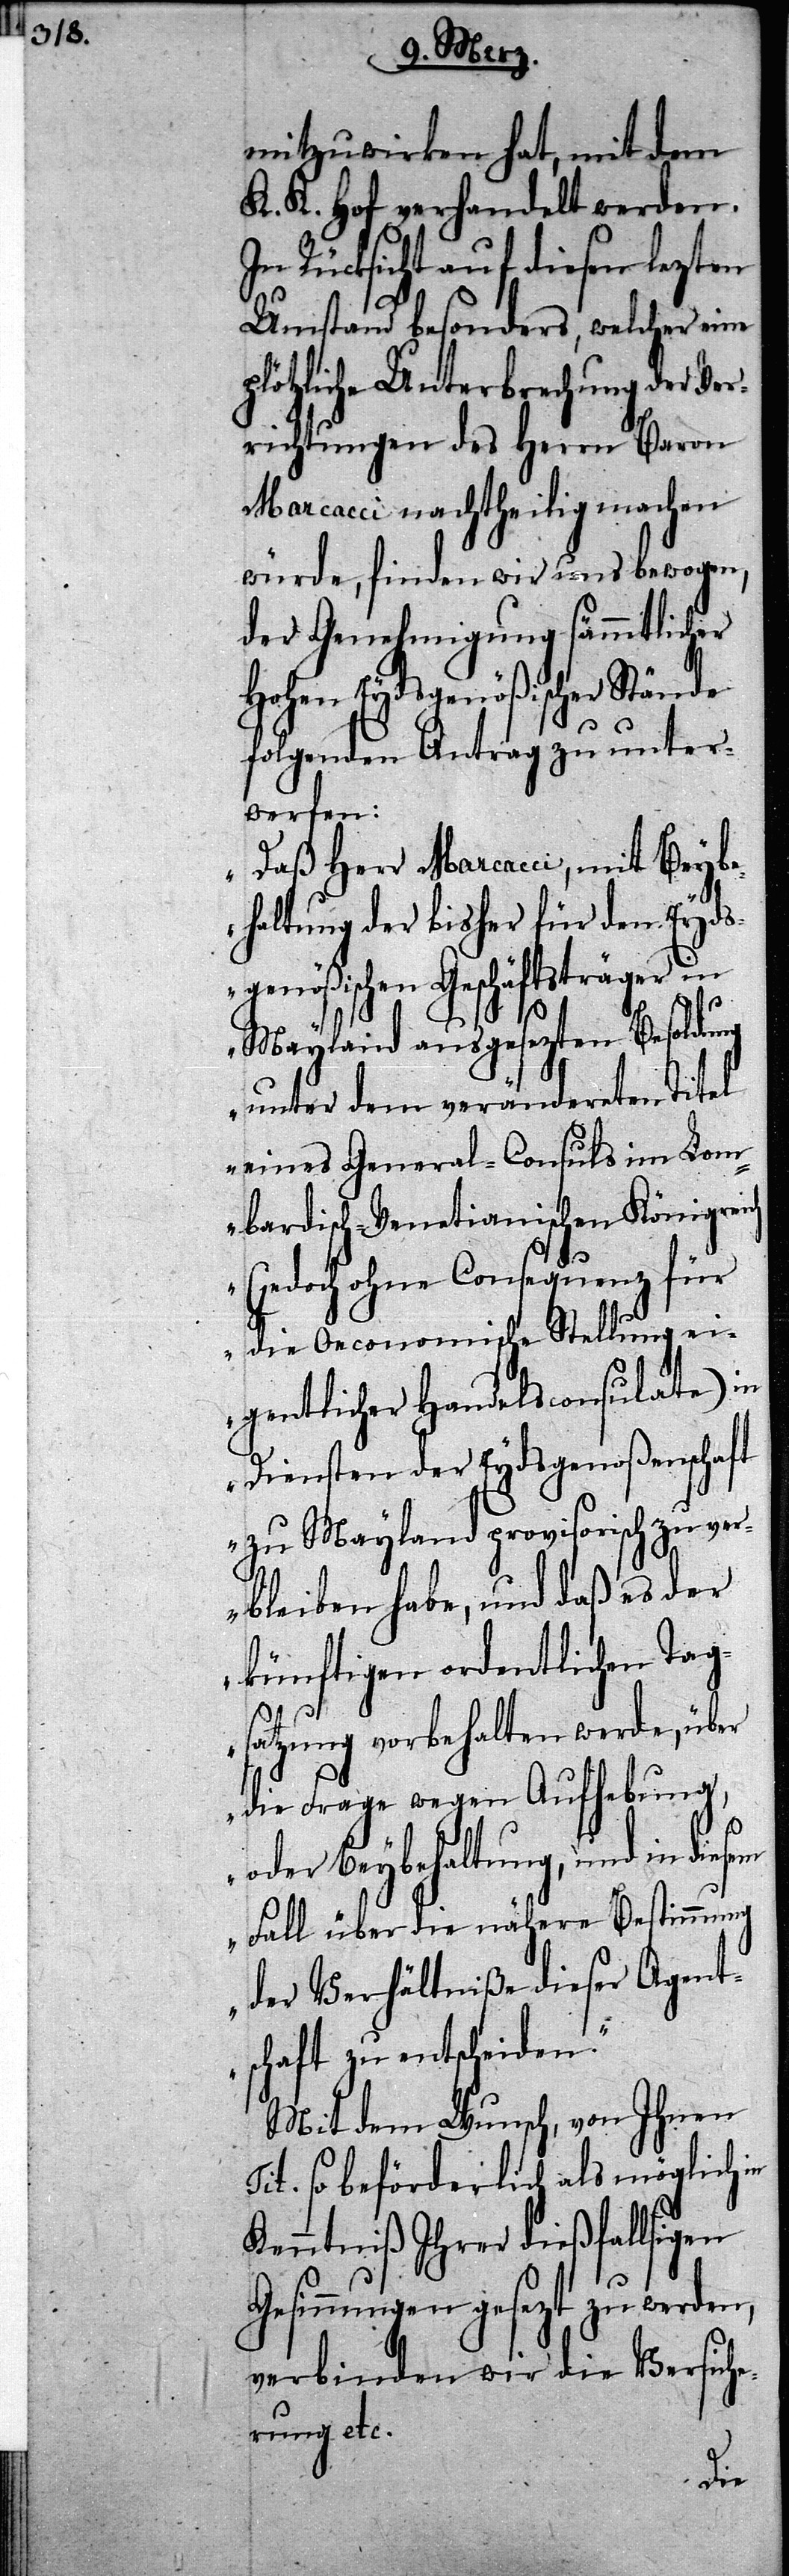
mitzuwirken hat, mit dem
K. K. Hof verhandelt werden.
In Rücksicht auf diesen lezten
Umstand besonders, welcher eine
plötzliche Unterbrechung der Ver¬
richtungen des Herrn Baron
Marcacci nachtheilig machen
würde, finden wir uns bewogen,
der Genehmigung sämmtlicher
Hohen Eydsgenößischer Stände
folgenden Antrag zu unter¬
werfen:
„Daß Herr Marcacci, mit Beybe¬
haltung der bisher für den Eyd¬
sgenößischen Geschäftsträger in
Mayland ausgesezten Besoldu¬
ng unter dem verändereten Titel
eines Genral-Consuls im Lom¬
bardisch-Venetianischen Königreich
(jedoch ohne Consequenz für
die Oeconomische Stellung ei¬
gentlicher Handelsconsulate) in
Diensten der Eydsgenoßenschaft
zu Mayland provisorisch zu ver¬
bleiben habe, und daß es der
künftigen ordentlichen Tag¬
satzung vorbehalten werde, über
die Frage wegen Aufhebung,
oder Beybehaltung, und in dies¬
em Fall über die nähere Bestimmung
der Verhältniße dieser Agent¬
schaft zu entscheiden.“
Mit dem Wunsch, von Ihnen
so beförderlich als möglich in
Kenntniß Ihrer dießfallsigen
Gesinnungen gesezt zu werden,
verbinden wird die Versich¬
erung etc.